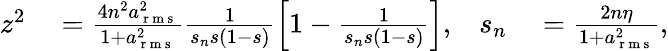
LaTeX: \begin{array}{rlrl}{z^{2}}&{{}=\frac{4n^{2}a_{\mathrm{~r~m~s~}}^{2}}{1+a_{\mathrm{~r~m~s~}}^{2}}\frac{1}{s_{n}s(1-s)}\left[1-\frac{1}{s_{n}s(1-s)}\right],}&{s_{n}}&{{}=\frac{2n\eta}{1+a_{\mathrm{~r~m~s~}}^{2}},}\end{array}